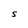
Character: S